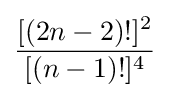
{\frac {[(2n-2)!]^{2}}{[(n-1)!]^{4}}}